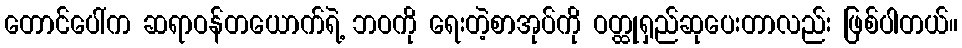
တောင်ပေါ်က ဆရာဝန်တယောက်ရဲ့ ဘဝကို ရေးတဲ့စာအုပ်ကို ဝတ္ထုရှည်ဆုပေးတာလည်း ဖြစ်ပါတယ်။